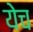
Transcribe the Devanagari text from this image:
येच